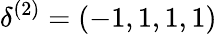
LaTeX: \mathbf{\delta}^{(2)}=(-1,1,1,1)